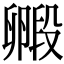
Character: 毈